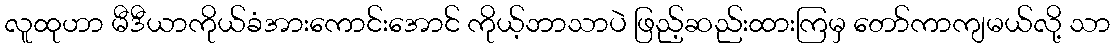
လူထုဟာ မီဒီယာကိုယ်ခံအားကောင်းအောင် ကိုယ့်ဘာသာပဲ ဖြည့်ဆည်းထားကြမှ တော်ကာကျမယ်လို့ သာ